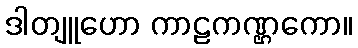
ဒါတျူဟော ကာဠကဏ္ဌကော။